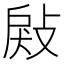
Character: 㪐